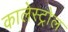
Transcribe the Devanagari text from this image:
कालेस्ट्रोल